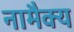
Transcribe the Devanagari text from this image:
नामैक्य